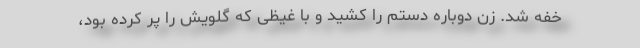
خفه شد. زن دوباره دستم را کشید و با غیظی که گلویش را پُر کرده بود،